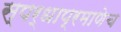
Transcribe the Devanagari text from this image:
स्पर्धाप्रमाणेच